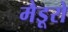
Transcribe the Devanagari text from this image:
मैडूरो